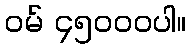
ဝမ် ၄၅၀၀၀ပါ။